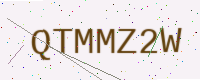
Text: QTMMZ2W